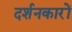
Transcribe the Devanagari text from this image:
दर्शनकारों